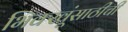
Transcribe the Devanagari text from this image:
भिक्खूंसाठीची